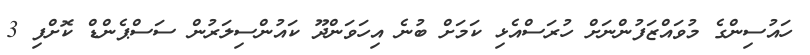
ހައުސިންގެ މުވައްޒަފުންނަށް ހުރަސްއެޅި ކަމަށް ބުނެ އިހަވަންދޫ ކައުންސިލަރުން ސަސްޕެންޑް ކޮށްފި 3